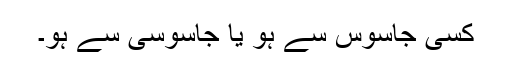
کسی جاسوس سے ہو یا جاسوسی سے ہو۔